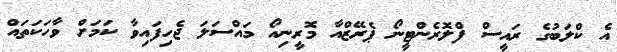
އެ ކްލަބުގެ ރައީސް ފްލޮރެންޓީނޯ ޕެރޭޒްއާ މޮރީނިއޯ މައްސަލަ ޖެހިފައިވާ ކަމަށް ވާހަކަތައް